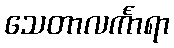
သေတာလင်္ကာရာ